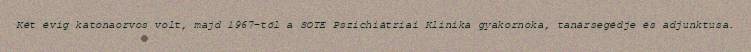
Két évig katonaorvos volt, majd 1967-től a SOTE Pszichiátriai Klinika gyakornoka, tanársegédje és adjunktusa.